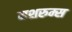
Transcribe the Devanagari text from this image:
मशरुम्स